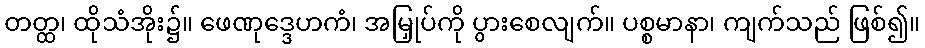
တတ္ထ၊ ထိုသံအိုး၌။ ဖေဏုဒ္ဒေဟကံ၊ အမြှုပ်ကို ပွားစေလျက်။ ပစ္စမာနာ၊ ကျက်သည် ဖြစ်၍။